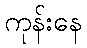
ကုန်းနေ